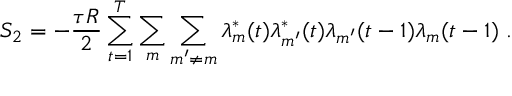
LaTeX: S _ { 2 } = - \frac { \tau R } { 2 } \sum _ { t = 1 } ^ { T } \sum _ { m } \sum _ { m ^ { \prime } \neq m } \lambda _ { m } ^ { * } ( t ) \lambda _ { m ^ { \prime } } ^ { * } ( t ) \lambda _ { m ^ { \prime } } ( t - 1 ) \lambda _ { m } ( t - 1 ) \ .